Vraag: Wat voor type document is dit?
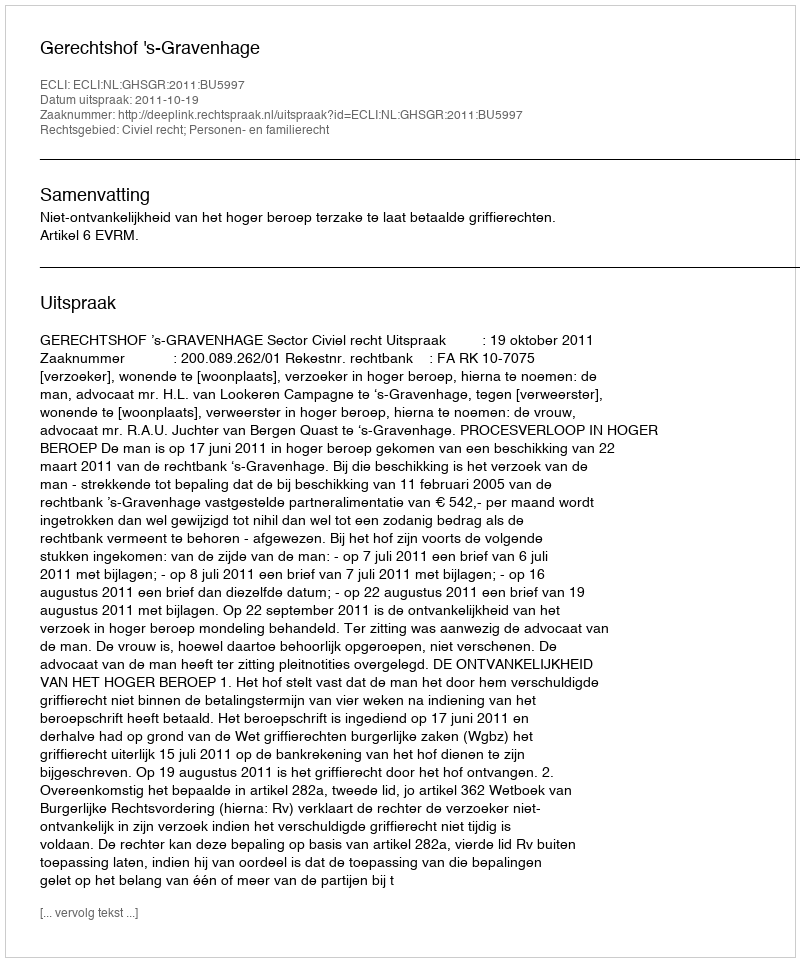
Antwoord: Uitspraak